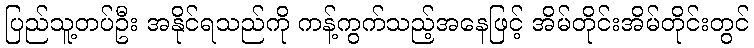
ပြည်သူ့တပ်ဦး အနိုင်ရသည်ကို ကန့်ကွက်သည့်အနေဖြင့် အိမ်တိုင်းအိမ်တိုင်းတွင်